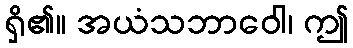
ရှိ၏။ အယံသဘာဝေါ၊ ဤ